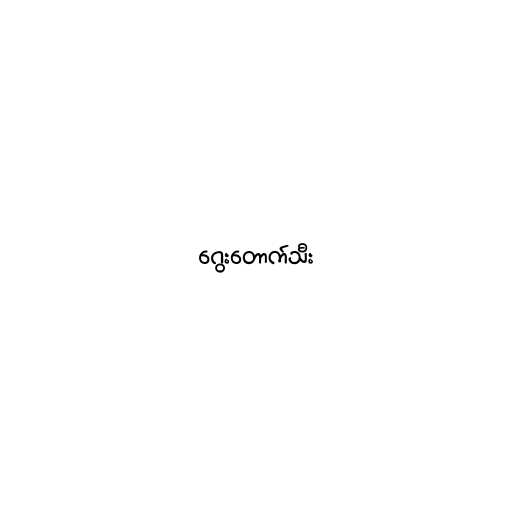
ဂွေးတောက်သီး